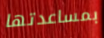
بمساعدتها